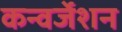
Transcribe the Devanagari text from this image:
कन्वर्जेशन